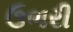
ઉભરી